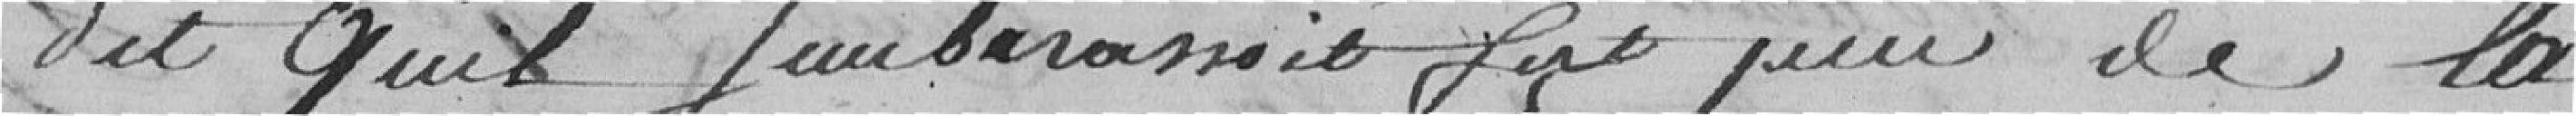
dit qu'il s'embarrassait fort pour de la